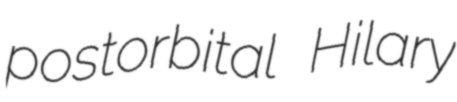
postorbital Hilary